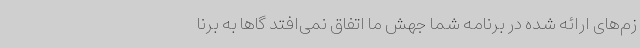
زم‌های ارائه شده در برنامه شما جهش ما اتفاق نمی‌افتد گاها به برنا